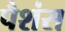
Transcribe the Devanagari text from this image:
पैशंस